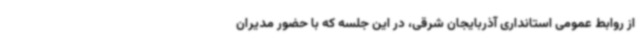
از روابط عمومی استانداری آذربایجان شرقی، در این جلسه که با حضور مدیران